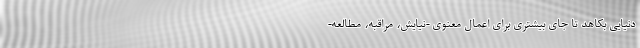
دنیایی بکاهد تا جای بیشتری برای اعمال معنوی -نیایش، مراقبه، مطالعه-